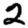
Digit: 2